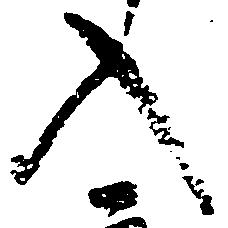
入